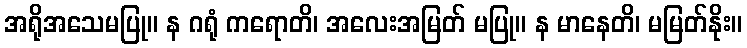
အရိုအသေမပြု။ န ဂရုံ ကရောတိ၊ အလေးအမြတ် မပြု။ န မာနေတိ၊ မမြတ်နိုး။